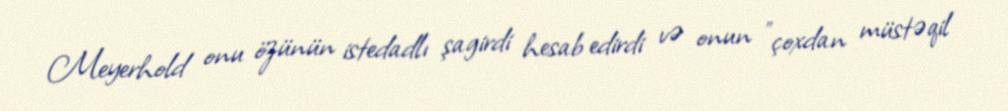
Meyerhold onu özünün istedadlı şagirdi hesab edirdi və onun "çoxdan müstəqil